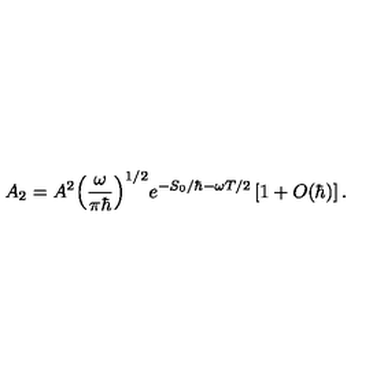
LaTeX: { A _ { 2 } } = { A ^ { 2 } } { { \left( { \frac { \omega } { \pi \hbar } } \right) } ^ { 1 / 2 } } { e ^ { - { S _ { 0 } } / \hbar - \omega T / 2 } } \left[ 1 + O ( \hbar ) \right] .